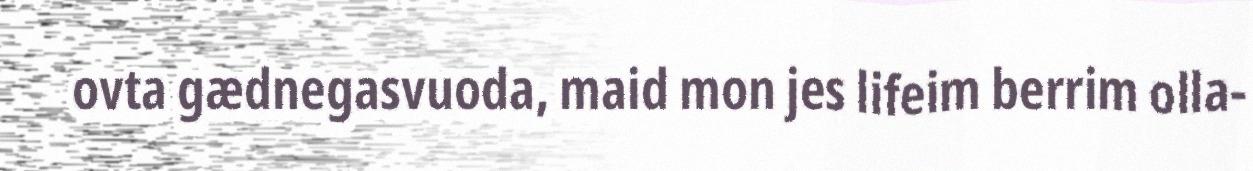
ovta gædnegasvuoda, maid mon jes lifeim berrim olla-